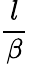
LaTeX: \frac{l}{\beta}